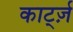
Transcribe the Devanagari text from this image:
कार्ट्ज़